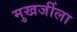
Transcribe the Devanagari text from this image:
मुखर्जीला